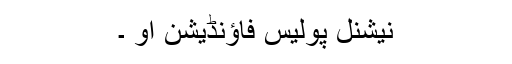
نیشنل پولیس فاؤنڈیشن او ۔